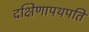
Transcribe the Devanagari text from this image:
दक्षिणापथपति